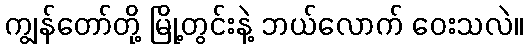
ကျွန်တော်တို့ မြို့တွင်းနဲ့ ဘယ်လောက် ဝေးသလဲ။